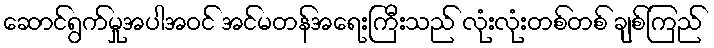
ဆောင်ရွက်မှုအပါအဝင် အင်မတန်အရေးကြီးသည် လုံးလုံးတစ်တစ် ချစ်ကြည်